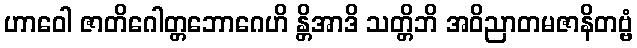
ဟာဝေါ ဇာတိဂေါတ္တဘောဂေဟိ န္တိအာဒိ သတ္တိဘိ အဝိညာတမဇာနိတဗ္ဗံ